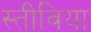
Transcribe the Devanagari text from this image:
स्तीविया